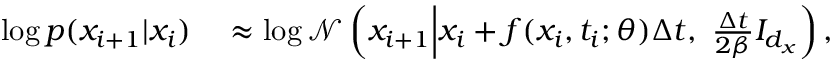
\begin{array} { r l } { \log p ( x _ { i + 1 } | x _ { i } ) } & { { } \approx \log \mathcal { N } \left( x _ { i + 1 } \middle | x _ { i } + f ( x _ { i } , t _ { i } ; \theta ) \Delta t , \ \frac { \Delta t } { 2 \beta } I _ { d _ { x } } \right) , } \end{array}